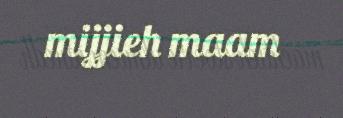
mijjieh maam